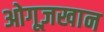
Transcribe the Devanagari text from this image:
ओगूज़खान